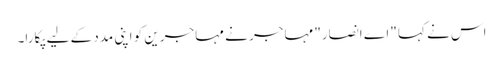
اس نے کہا "اے انصار" مہاجر نے مہاجرین کو اپنی مدد کے لیے پکارا۔